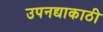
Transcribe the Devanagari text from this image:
उपनद्याकाठी